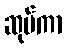
ဆုပ်ကာ